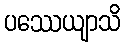
ပဿေယျာသိ